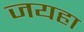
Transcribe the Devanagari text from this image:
जयहा